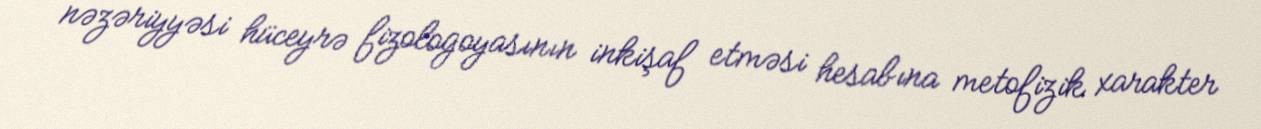
nəzəriyyəsi hüceyrə fizologoyasının inkişaf etməsi hesabına metofizik xarakter